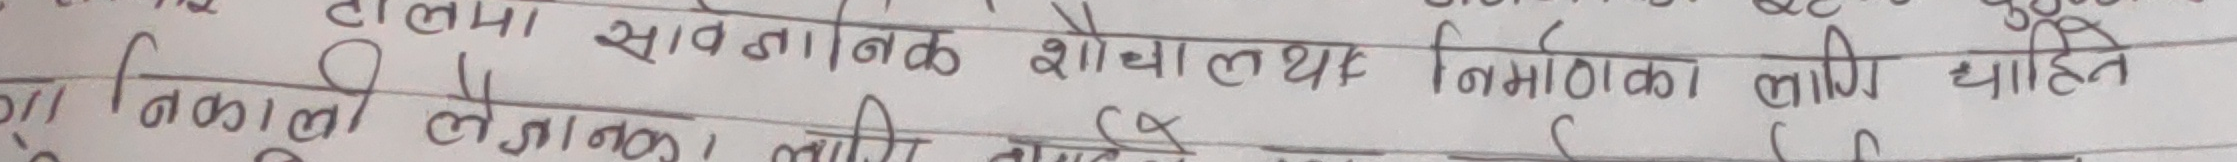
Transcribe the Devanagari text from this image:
टोलमा सावधानीक शोधार्थ निमार्णका लागि चाहत
निकाली लेज लागि पनि